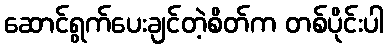
ဆောင်ရွက်ပေးချင်တဲ့စိတ်က တစ်ပိုင်းပါ